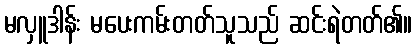
မလှူဒါန်း မပေးကမ်းတတ်သူသည် ဆင်းရဲတတ်၏။